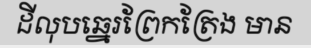
ដីលុបឆ្នេរព្រែកត្រែង មាន